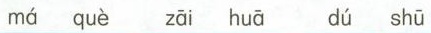
má què zāi huā dú shū